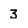
Character: 3